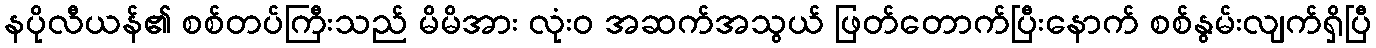
နပိုလီယန်၏ စစ်တပ်ကြီးသည် မိမိအား လုံးဝ အဆက်အသွယ် ဖြတ်တောက်ပြီးနောက် စစ်နွမ်းလျက်ရှိပြီ